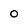
Character: 0